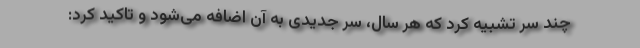
چند سر تشبیه کرد که هر سال، سر جدیدی به آن اضافه می‌شود و تاکید کرد: